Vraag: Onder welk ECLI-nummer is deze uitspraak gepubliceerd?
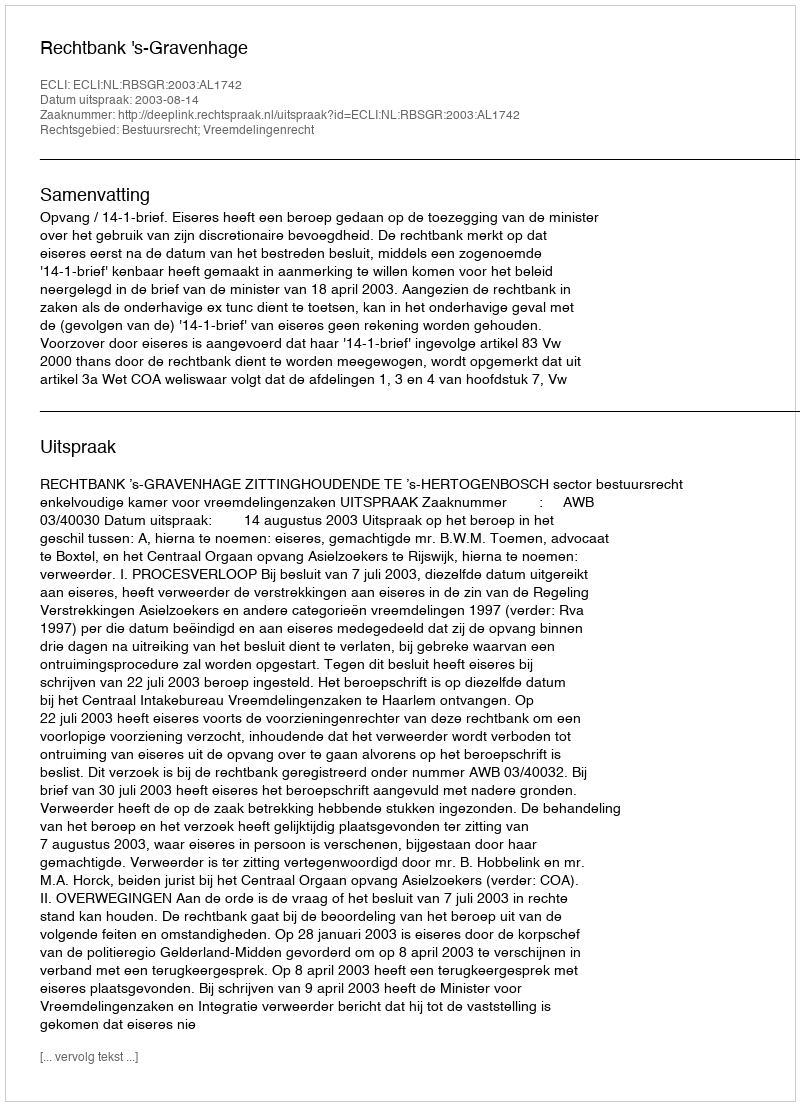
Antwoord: ECLI:NL:RBSGR:2003:AL1742